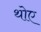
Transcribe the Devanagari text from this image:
थोए